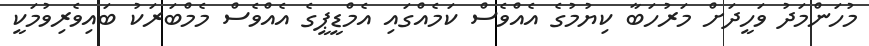
މުހަންމަދު ވަހީދަށް މަރުހަބާ ކިޔުމުގެ އެއްވެސް ކަމެއްގައި އެމްޑީޕީގެ އެއްވެސް މެމްބަރަކު ބައިވެރިވުމަކީ